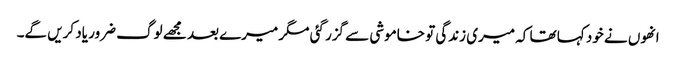
انھوں نے خود کہا تھا کہ میری زندگی تو خاموشی سے گزر گئی مگر میرے بعد مجھے لوگ ضرور یاد کریں گے۔